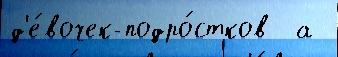
д'е́вочек-подро́стков  а